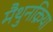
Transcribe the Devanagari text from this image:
मैथुनक्रिया